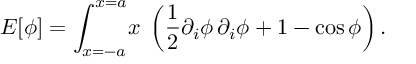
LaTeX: E [ \phi ] = \int _ { x = - a } ^ { x = a } \! \d x \; \left( \frac { 1 } { 2 } \partial _ { i } \phi \, \partial _ { i } \phi + 1 - \cos \phi \right) .